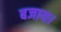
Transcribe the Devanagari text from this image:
बजाय।